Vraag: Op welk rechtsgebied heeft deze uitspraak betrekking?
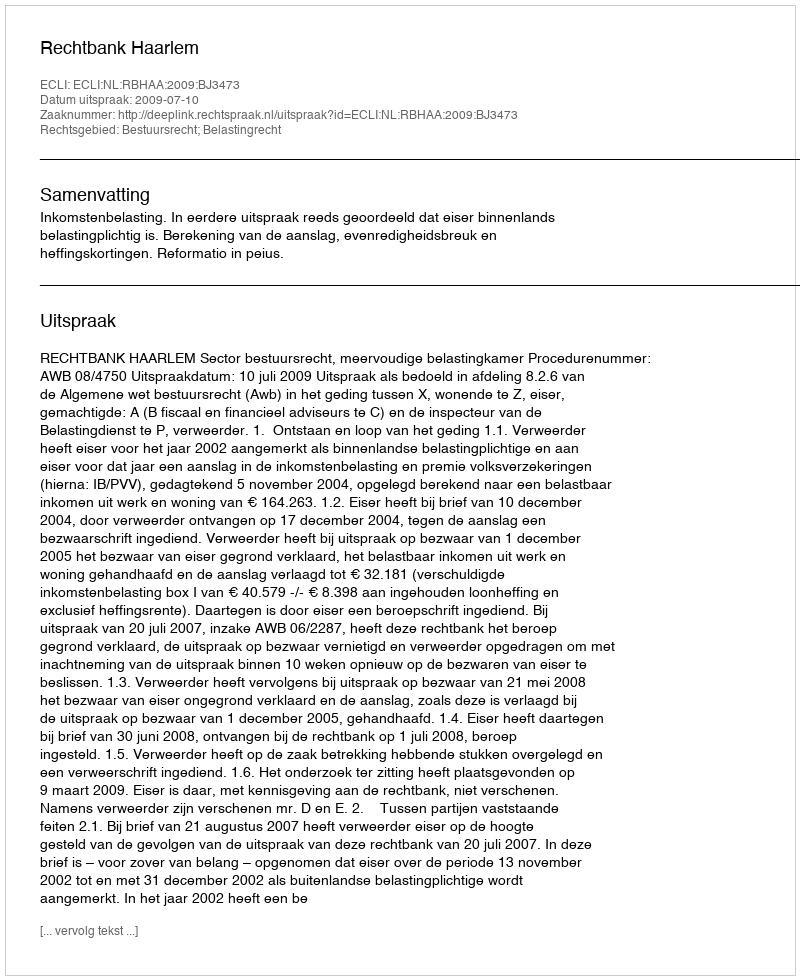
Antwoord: Bestuursrecht; Belastingrecht